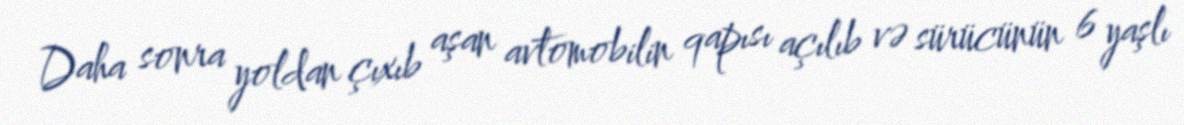
Daha sonra yoldan çıxıb aşan avtomobilin qapısı açılıb və sürücünün 6 yaşlı